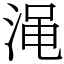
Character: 渑